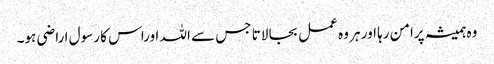
وہ ہمیشہ پرامن رہا اور ہر وہ عمل بجا لاتا جس سے اللہ اوراس کا رسول ا راضی ہو۔